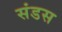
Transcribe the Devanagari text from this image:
संडस